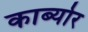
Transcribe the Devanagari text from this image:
कार्ब्योर